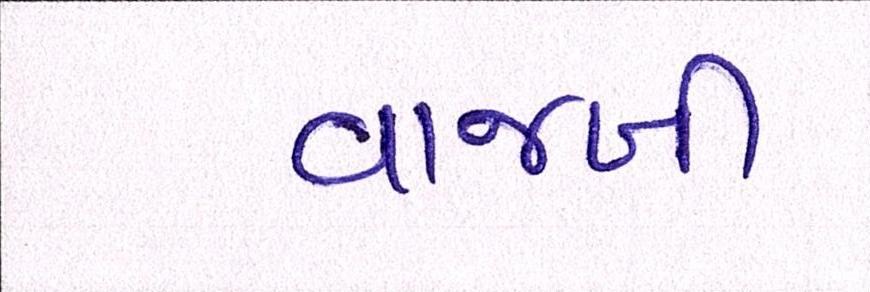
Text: વાજબી